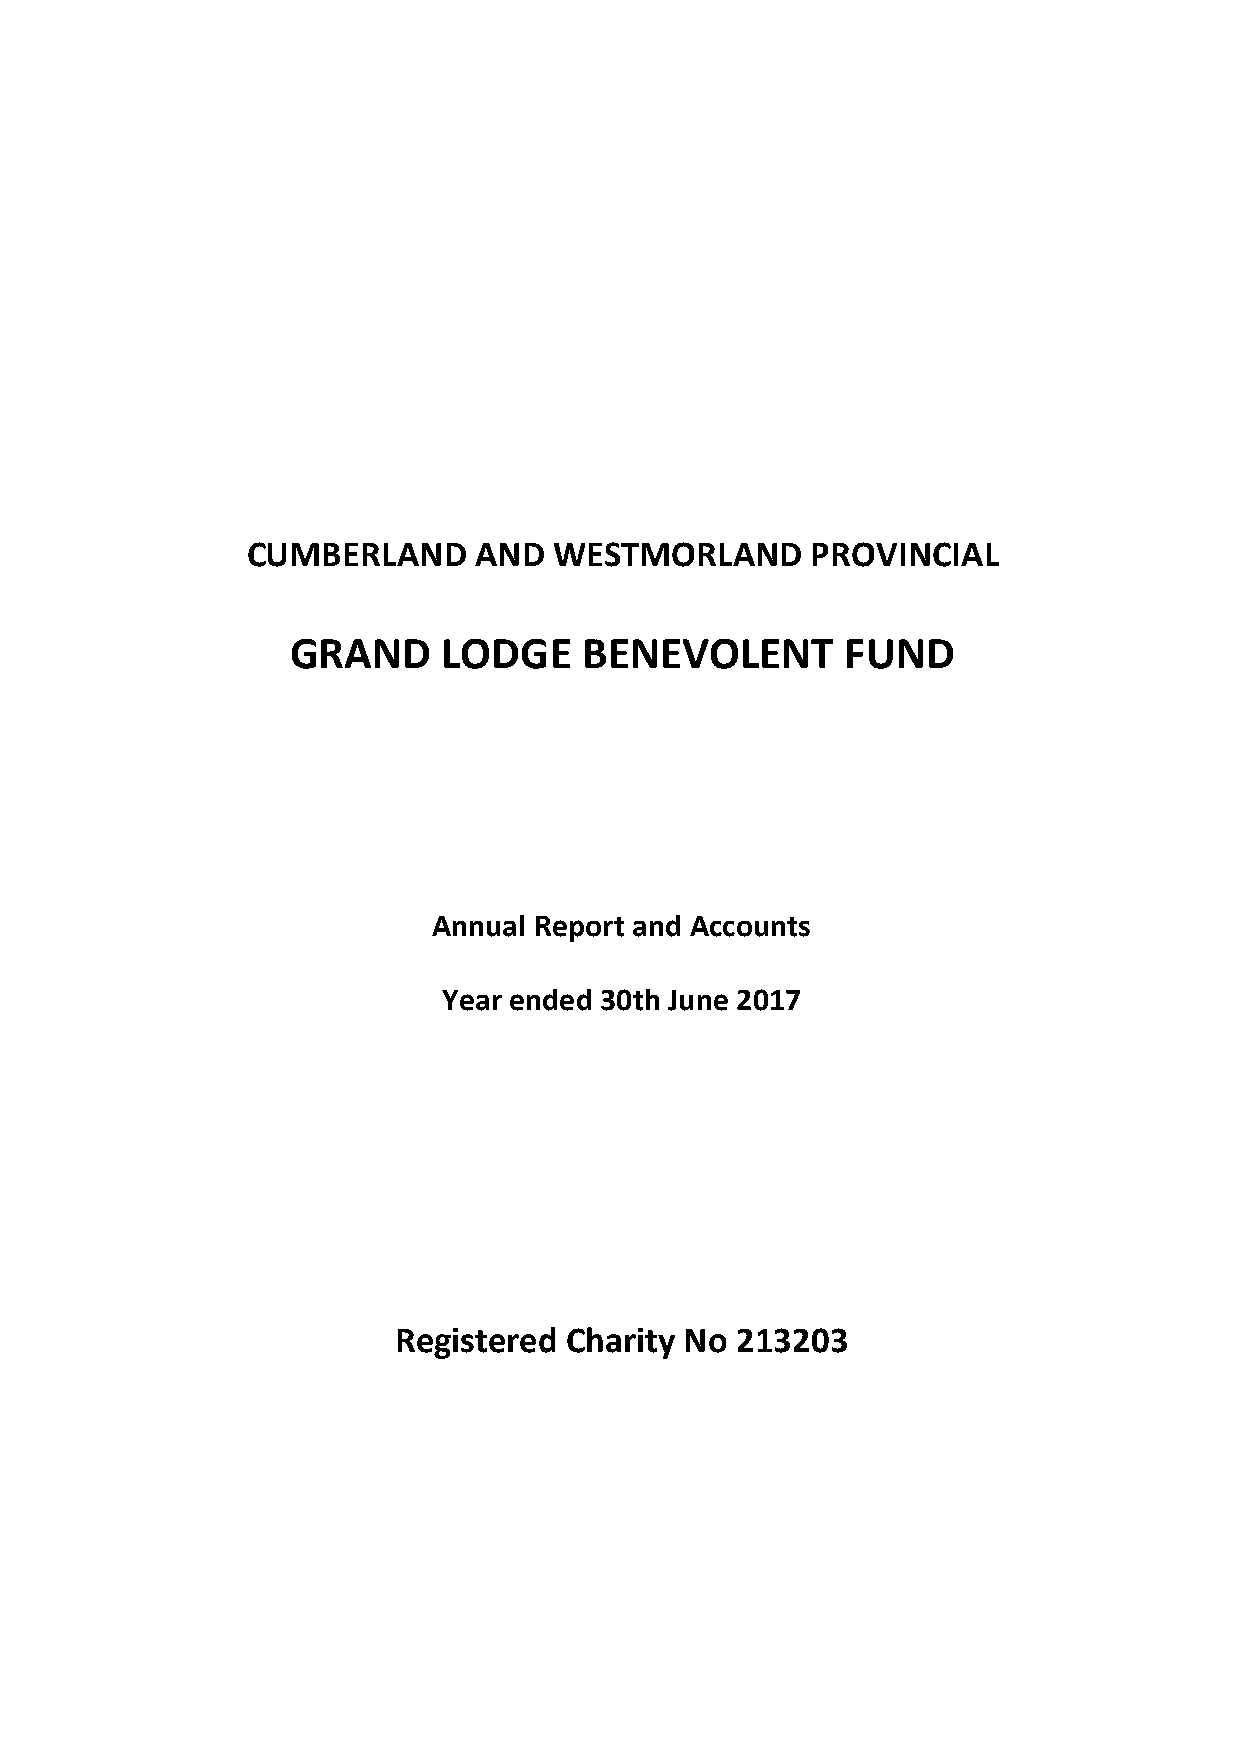
CUMBERLAND     AND   WESTMORLAND      PROVINCIAL
 GRAND     LODGE     BENEVOLENT       FUND
 Annual Report and Accounts
 Year ended 30th June 2017
 Registered Charity No  213203